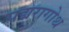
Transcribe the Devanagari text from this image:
पद्मरागोथ